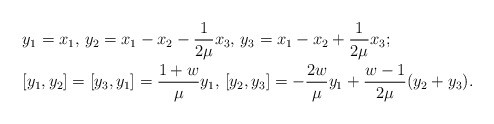
\begin{align*}&y_1=x_1, \, y_2=x_1-x_2-\frac{1}{2\mu}x_3, \, y_3=x_1-x_2+\frac{1}{2\mu}x_3;\\&[y_1,y_2]=[y_3,y_1]=\frac{1+w}{\mu}y_1, \,[y_2,y_3]=-\frac{2w}{\mu}y_1+\frac{w-1}{2\mu}(y_2+y_3).\end{align*}